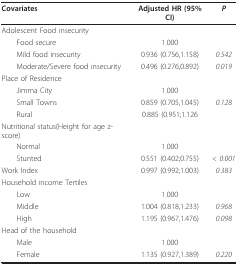
| Covariates | Adjusted HR (95% CI) | P |
 | --- | --- | --- |
 | Adolescent Food insecurity |  |  |
 | Food secure | 1.000 |  |
 | Mild food insecurity | 0.936 (0.756,1.158) | 0.542 |
 | Moderate/Severe food insecurity | 0.496 (0.276,0.892) | 0.019 |
 | Place of Residence |  |  |
 | Jimma City | 1.000 |  |
 | Small Towns | 0.859 (0.705,1.045) | 0.128 |
 | Rural | 0.885 (0.951;1.126 |  |
 | Nutritional status(Height for age z-score) |  |  |
 | Normal | 1.000 |  |
 | Stunted | 0.551 (0.402;0.755) | < 0.001 |
 | Work Index | 0.997 (0.992;1.003) | 0.383 |
 | Household income Tertiles |  |  |
 | Low | 1.000 |  |
 | Middle | 1.004 (0.818,1.233) | 0.968 |
 | High | 1.195 (0.967,1.476) | 0.098 |
 | Head of the household |  |  |
 | Male | 1.000 |  |
 | Female | 1.135 (0.927,1.389) | 0.220 |